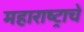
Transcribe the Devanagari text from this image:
महाराष्‍ट्राचे